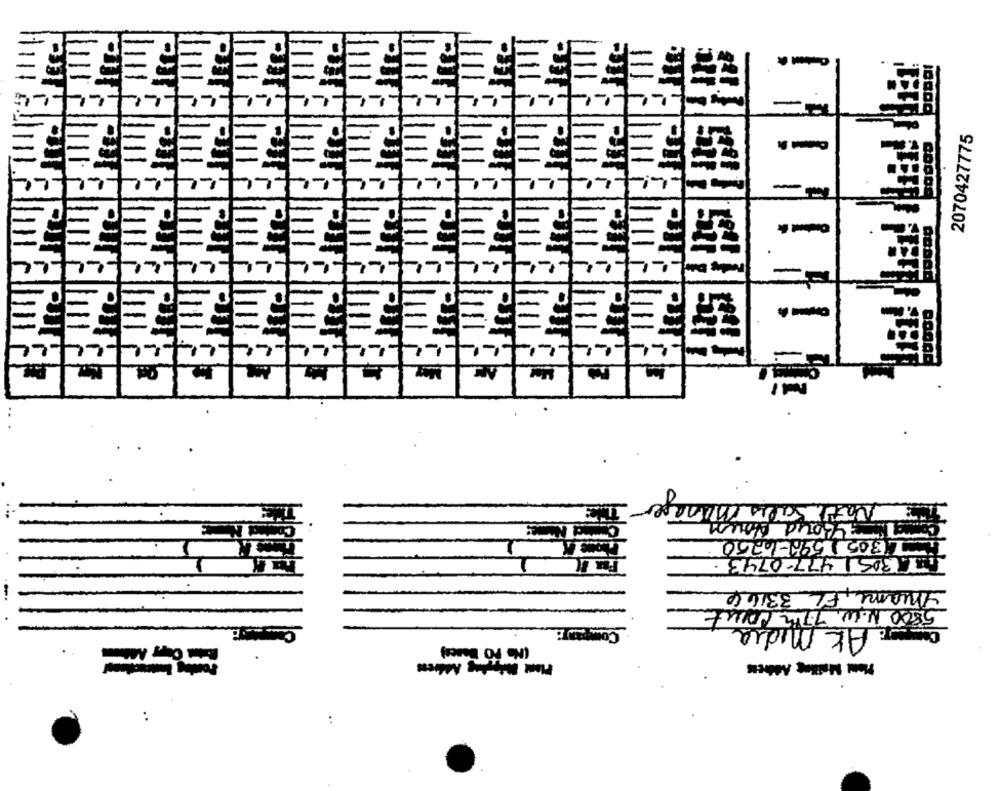
2070427775
-
: 2
..
L(305 1598-1.250
7.305 477-0743.
Aniami, FL 33164
Com
From WILL 119 0085
AK Midia
Plant Migr